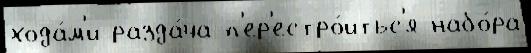
хода́м'и разда́ча п'ер'естро́итьс'я набо́ра